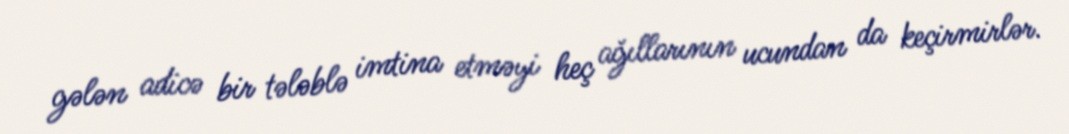
gələn adicə bir tələblə imtina etməyi heç ağıllarının ucundan da keçirmirlər.